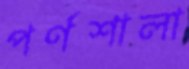
পর্ণশালা